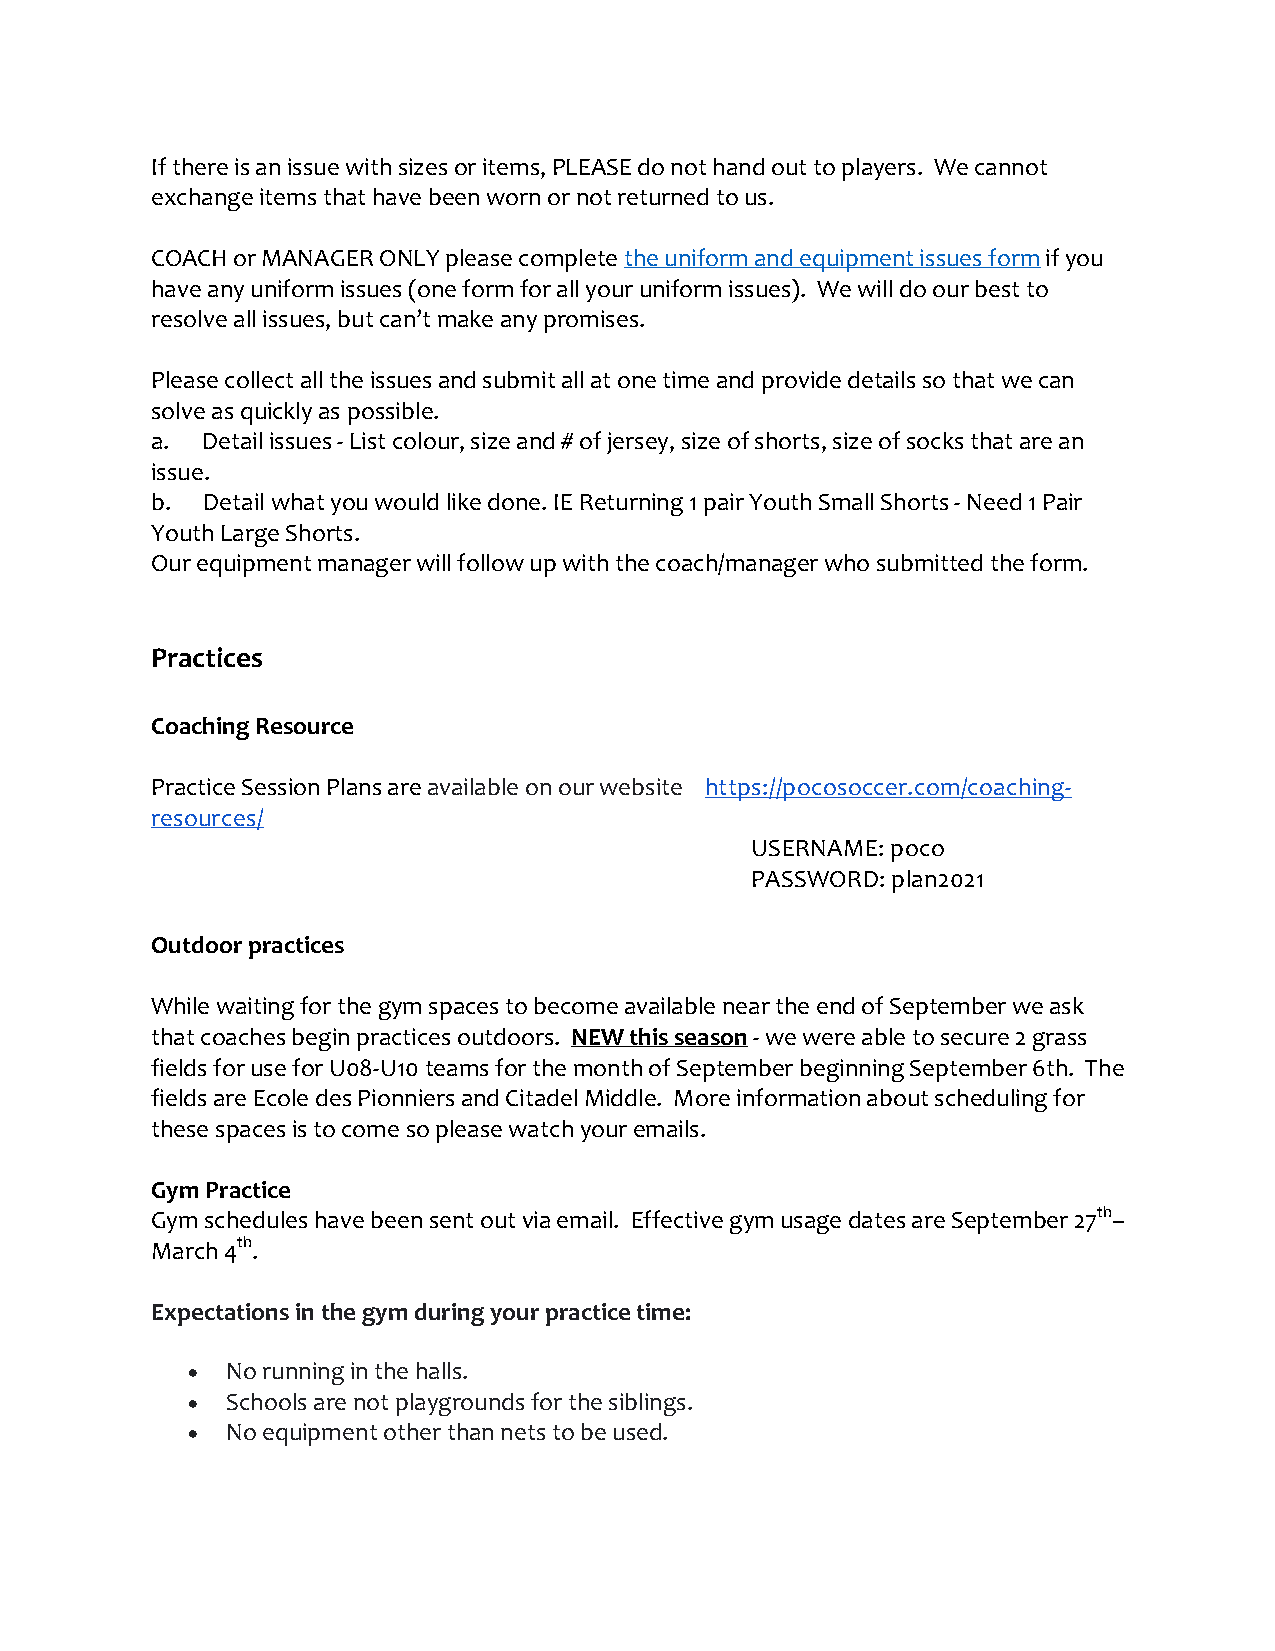
If there is an issue with sizes or items, PLEASE do not hand out to players. We cannot
 exchange items that have been worn or not returned to us.
 COACH or MANAGER ONLY please complete the uniform and equipment issues form if you
 have any uniform issues (one form for all your uniform issues). We will do our best to
 resolve all issues, but can’t make any promises.
 Please collect all the issues and submit all at one time and provide details so that we can
 solve as quickly as possible.
 a. Detail issues - List colour, size and # of jersey, size of shorts, size of socks that are an
 issue.
 b.  Detail what you would like done. IE Returning 1 pair Youth Small Shorts - Need 1 Pair
 Youth Large Shorts.
 Our equipment manager will follow up with the coach/manager who submitted the form.
 Practices
 Coaching Resource
 Practice Session Plans are available on our website https://pocosoccer.com/coaching-
 resources/
 USERNAME: poco
 PASSWORD: plan2021
 Outdoor practices
 While waiting for the gym spaces to become available near the end of September we ask
 that coaches begin practices outdoors. NEW this season - we were able to secure 2 grass
 fields for use for U08-U10 teams for the month of September beginning September 6th. The
 fields are Ecole des Pionniers and Citadel Middle. More information about scheduling for
 these spaces is to come so please watch your emails.
 Gym Practice
 Gym schedules have been sent out via email. Effective gym usage dates are September 27th–
 March 4th.
 Expectations in the gym during your practice time:
 •  No running in the halls.
 •  Schools are not playgrounds for the siblings.
 •  No equipment other than nets to be used.